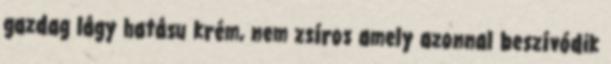
gazdag lágy hatásu krém, nem zsíros amely azonnal beszívódik